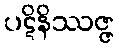
ပဋိနိဿဇ္ဇ